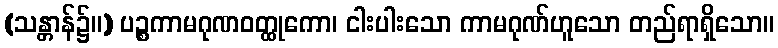
(သန္တာန်၌။) ပဉ္စကာမဂုဏဝတ္ထုကော၊ ငါးပါးသော ကာမဂုဏ်ဟူသော တည်ရာရှိသော။